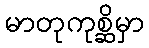
မာတုကုစ္ဆိမှာ